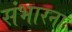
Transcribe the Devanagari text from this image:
संभारना